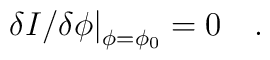
\left. {\delta I / {\delta \phi}}\right| _{\phi=\phi_0}  =0~~~.